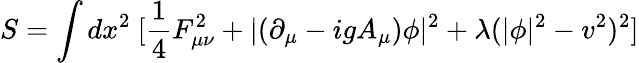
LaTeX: S=\int dx^{2}~[\frac{1}{4}F_{\mu\nu}^{2}+|(\partial_{\mu}-igA_{\mu})\phi|^{2}+\lambda(|\phi|^{2}-v^{2})^{2}]